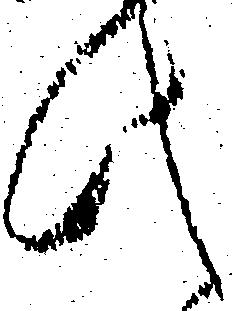
此